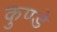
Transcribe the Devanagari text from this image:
कुण्डे